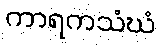
ကာရကသံဃံ